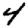
Digit: 4